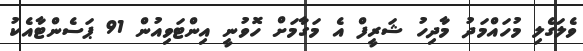
ވެލަގެލި މުހައްމަދު މާދިހު ޝަރީފް އެ މަގާމަށް ހޮވުނީ އިންޓަވިއުން 91 ޕަސެންޓާއެކު